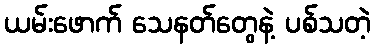
ယမ်းဖောက် သေနတ်တွေနဲ့ ပစ်သတဲ့